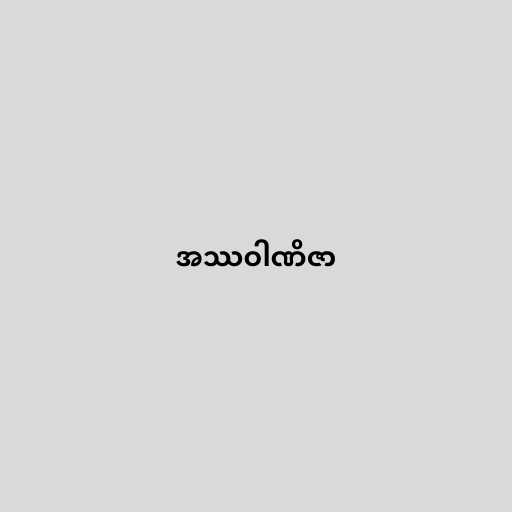
အဿဝါဏိဇာ